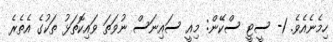
ހިމެނެއެވެ. 1- ސީޓީ ސްކޭން: މިއީ ސައިނަސް ނުވަތަ ވައިކޮތަޅު ތަކުގެ އެތެރެ